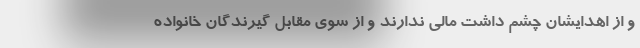
و از اهدایشان چشم داشت مالی ندارند و از سوی مقابل گیرندگان خانواده